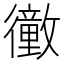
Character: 𢖜